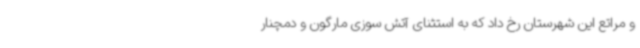
و مراتع این شهرستان رخ داد که به استثنای آتش سوزی مارگون و دمچنار